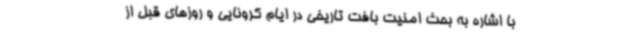
با اشاره به بحث امنیت بافت تاریخی در ایام کرونایی و روزهای قبل از